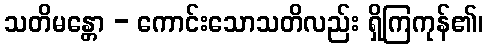
သတိမန္တော - ကောင်းသောသတိလည်း ရှိကြကုန်၏၊